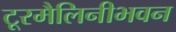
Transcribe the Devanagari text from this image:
टूरमैलिनीभवन